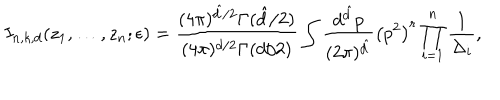
LaTeX: I _ { n , k , d } ( z _ { 1 } , \dots , z _ { n } ; \epsilon ) = \frac { ( 4 \pi ) ^ { \hat { d } / 2 } \Gamma ( \hat { d } / 2 ) } { ( 4 \pi ) ^ { d / 2 } \Gamma ( d / 2 ) } \int \frac { d ^ { \hat { d } } p } { ( 2 \pi ) ^ { \hat { d } } } \left( p ^ { 2 } \right) ^ { r } \prod _ { i = 1 } ^ { n } \frac { 1 } { \Delta _ { i } } ,